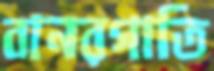
বানরগাতি